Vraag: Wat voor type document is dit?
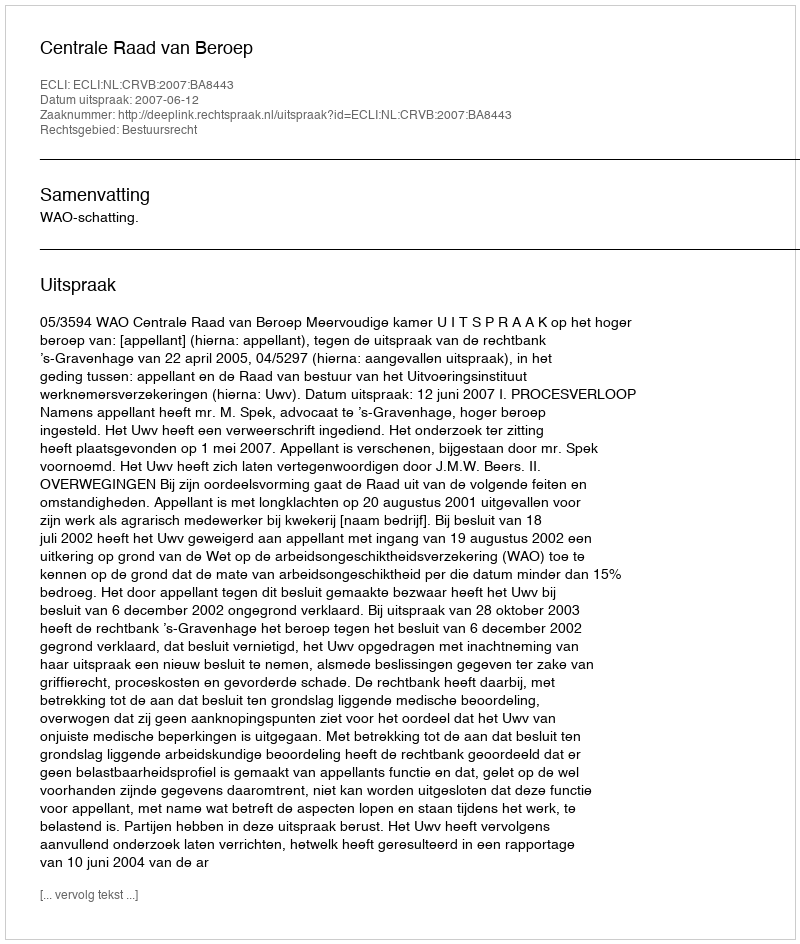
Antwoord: Uitspraak